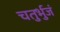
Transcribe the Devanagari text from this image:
चतुर्भुजं